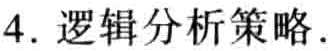
4. 逻辑分析策略.